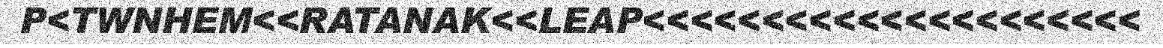
P<TWNHEM<<RATANAK<<LEAP<<<<<<<<<<<<<<<<<<<<<